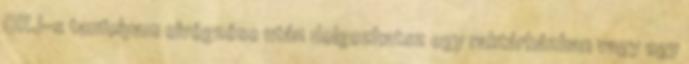
OKJ-s tanfolyam elvégzése után dolgozhatsz egy raktárházban vagy egy